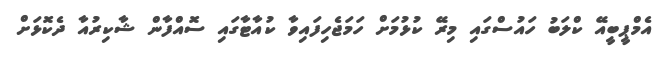
އެމްޕީބީއޭ ކްލަބު ހައުސްގައި މިރޭ ކުޅުމަށް ހަމަޖެހިފައިވާ ކުއާޓާގައި ސޮއްފާން ޝާކިރުއާ ދެކޮޅަށް